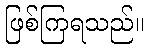
ဖြစ်ကြရသည်။